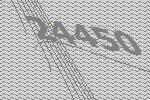
24450